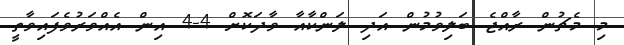
މި މެޗުން ރާއްޖެ ބަލިވުމުން އަދި ލަންކާއާ ވާދަކޮށް 4-4 އިން އެއްވަރުވެފައިވާތީ